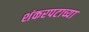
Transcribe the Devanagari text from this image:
शंकरपटाच्या